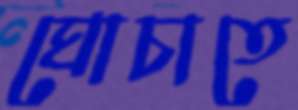
ঘোচাতে